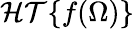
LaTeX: \mathcal{HT}\{ f(\Omega)\}